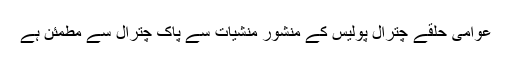
عوامی حلقے چترال پولیس کے منشور منشیات سے پاک چترال سے مطمئن ہے